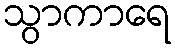
သွာကာရေ